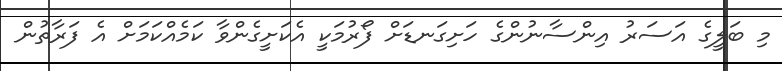
މި ބަލީގެ އަސަރު އިންސާނުންގެ ހަށިގަނޑަށް ފޯރުމަކީ އެކަށީގެންވާ ކަމެއްކަމަށް އެ ފަރާތުން